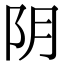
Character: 阴